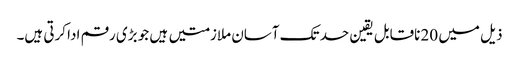
ذیل میں 20 ناقابل یقین حد تک آسان ملازمتیں ہیں جو بڑی رقم ادا کرتی ہیں۔